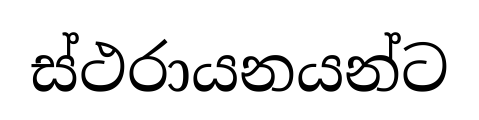
ස්ථරායනයන්ට